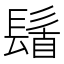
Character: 𮫆